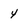
Character: 4